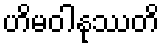
ဟိမဝါနုဿတိ